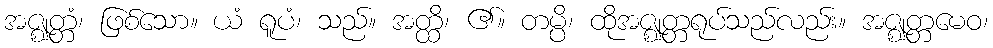
အဇ္ဈတ္တံ၊ ဖြစ်သော။ ယံ ရူပံ၊ သည်။ အတ္ထိ၊ ၏။ တမ္ပိ၊ ထိုအဇ္ဈတ္တရုပ်သည်လည်း။ အဇ္ဈတ္တမေဝ၊